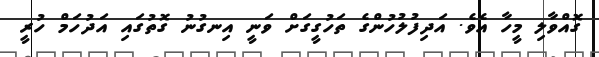
ގޮއްވާލި މީހާ އެވެ. އަދިފުލުހުންގެ ތަހުގީގަށް ވަނީ އިނގުނު ގޮތުގައި އަދުހަމް ހުރީ